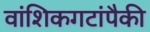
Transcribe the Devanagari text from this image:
वांशिकगटांपैकी